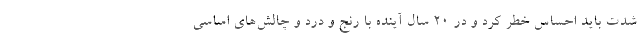
شدت باید احساس خطر کرد و در ۲۰ سال آینده با رنج و درد و چالش‌های اساسی